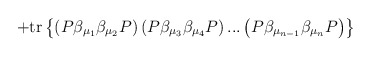
\begin{align*}+\mbox{tr}\left\{ \left( P\beta _{\mu _1}\beta _{\mu _2}P\right)\left( P\beta _{\mu _3}\beta _{\mu _4}P\right) ...\left( P\beta_{\mu _{n-1}}\beta _{\mu _n}P\right) \right\} \end{align*}